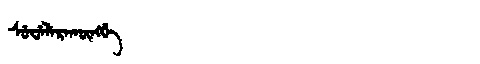
Manchu: ᠰᡠᠸᡝᠯᡝᡵᠠᡴᡡᠩᡤᡝ
Romanization: SUWELERAKŪNGGE